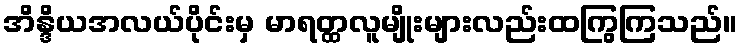
အိန္ဒိယအလယ်ပိုင်းမှ မာရတ္ထလူမျိုးများလည်းထကြွကြသည်။